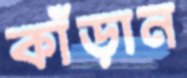
কাঁড়ান